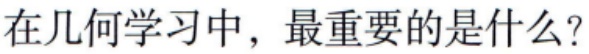
在几何学学习中，最重要的是什么？